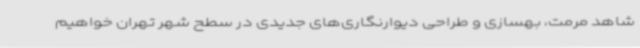
شاهد مرمت، بهسازی و طراحی دیوارنگاری‌های جدیدی در سطح شهر تهران خواهیم